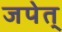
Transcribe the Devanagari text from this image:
जपेत्